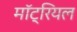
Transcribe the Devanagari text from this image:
मॉट्रियल